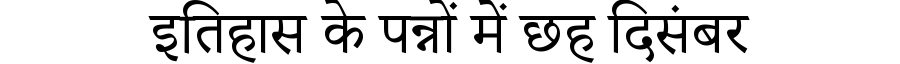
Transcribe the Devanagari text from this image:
इतिहास के पन्नों में छह दिसंबर